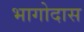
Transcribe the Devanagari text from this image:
भागोदास